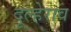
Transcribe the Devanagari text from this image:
दूल्हेराव